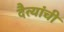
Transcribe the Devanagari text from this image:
दैत्यांची